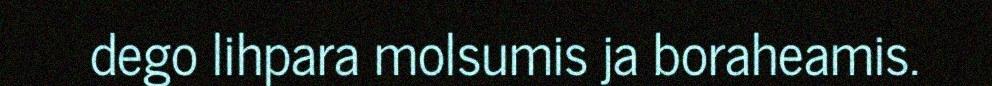
dego lihpara molsumis ja boraheamis.